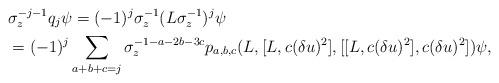
LaTeX: \begin{align*}&\sigma_z^{-j-1}q_j\psi = (-1)^j\sigma_z^{-1} (L \sigma_z^{-1})^j\psi\\&= (-1)^j\sum_{a+b+c = j}\sigma_z^{-1-a-2b-3c}p_{a,b,c}(L,[L,c(\delta u)^2],[[L,c(\delta u)^2],c(\delta u)^2])\psi,\end{align*}